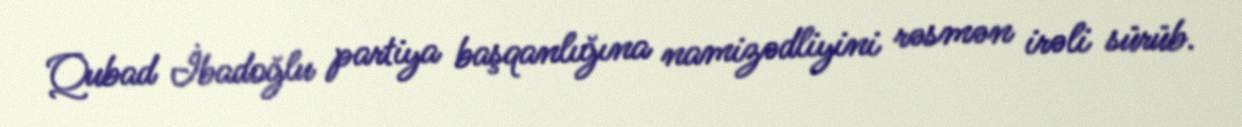
Qubad İbadoğlu partiya başqanlığına namizədliyini rəsmən irəli sürüb.